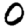
Digit: 0